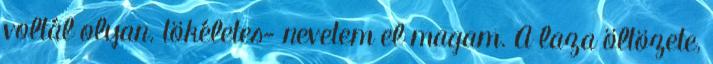
voltál olyan. tökéletes- nevetem el magam. A laza öltözete,